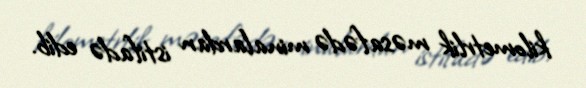
kilometrlik məsafədə minalardan istifadə edib.